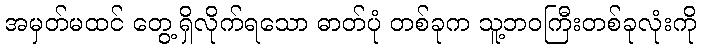
အမှတ်မထင် တွေ့ရှိလိုက်ရသော ဓာတ်ပုံ တစ်ခုက သူ့ဘဝကြီးတစ်ခုလုံးကို